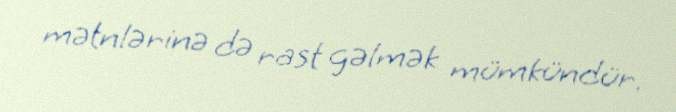
mətnlərinə də rast gəlmək mümkündür.